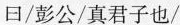
曰/彭公/真君子也/